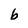
Character: b